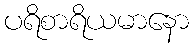
ပရိစာရိယမာနော